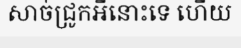
សាច់ជ្រូកអីនោះទេ ហើយ